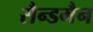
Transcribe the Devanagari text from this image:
सैन्डमैन